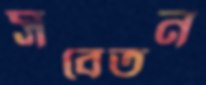
সবেতন